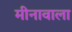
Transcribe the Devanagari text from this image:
मीनावाला